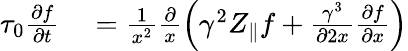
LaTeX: \begin{array}{rl}{\tau_{0}\frac{\partial f}{\partial t}}&{{}=\frac{1}{x^{2}}\frac{\partial}{x}\left(\gamma^{2}Z_{\parallel}f+\frac{\gamma^{3}}{\partial 2x}\frac{\partial f}{\partial x}\right)}\end{array}